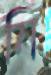
নি